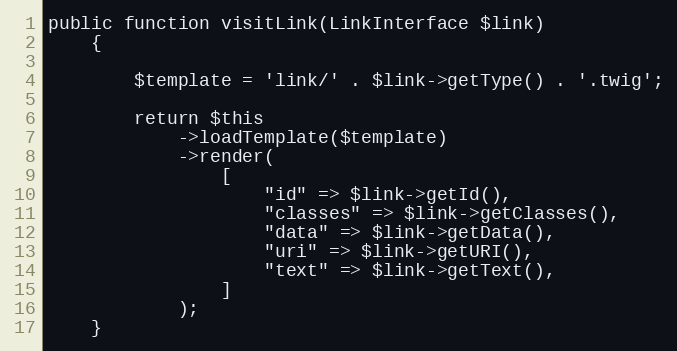
Language: PHP
public function visitLink(LinkInterface $link)
    {

        $template = 'link/' . $link->getType() . '.twig';

        return $this
            ->loadTemplate($template)
            ->render(
                [
                    "id" => $link->getId(),
                    "classes" => $link->getClasses(),
                    "data" => $link->getData(),
                    "uri" => $link->getURI(),
                    "text" => $link->getText(),
                ]
            );
    }